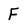
Character: F